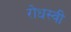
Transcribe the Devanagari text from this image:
रोधस्वी